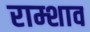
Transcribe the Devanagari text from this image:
राम्शाव